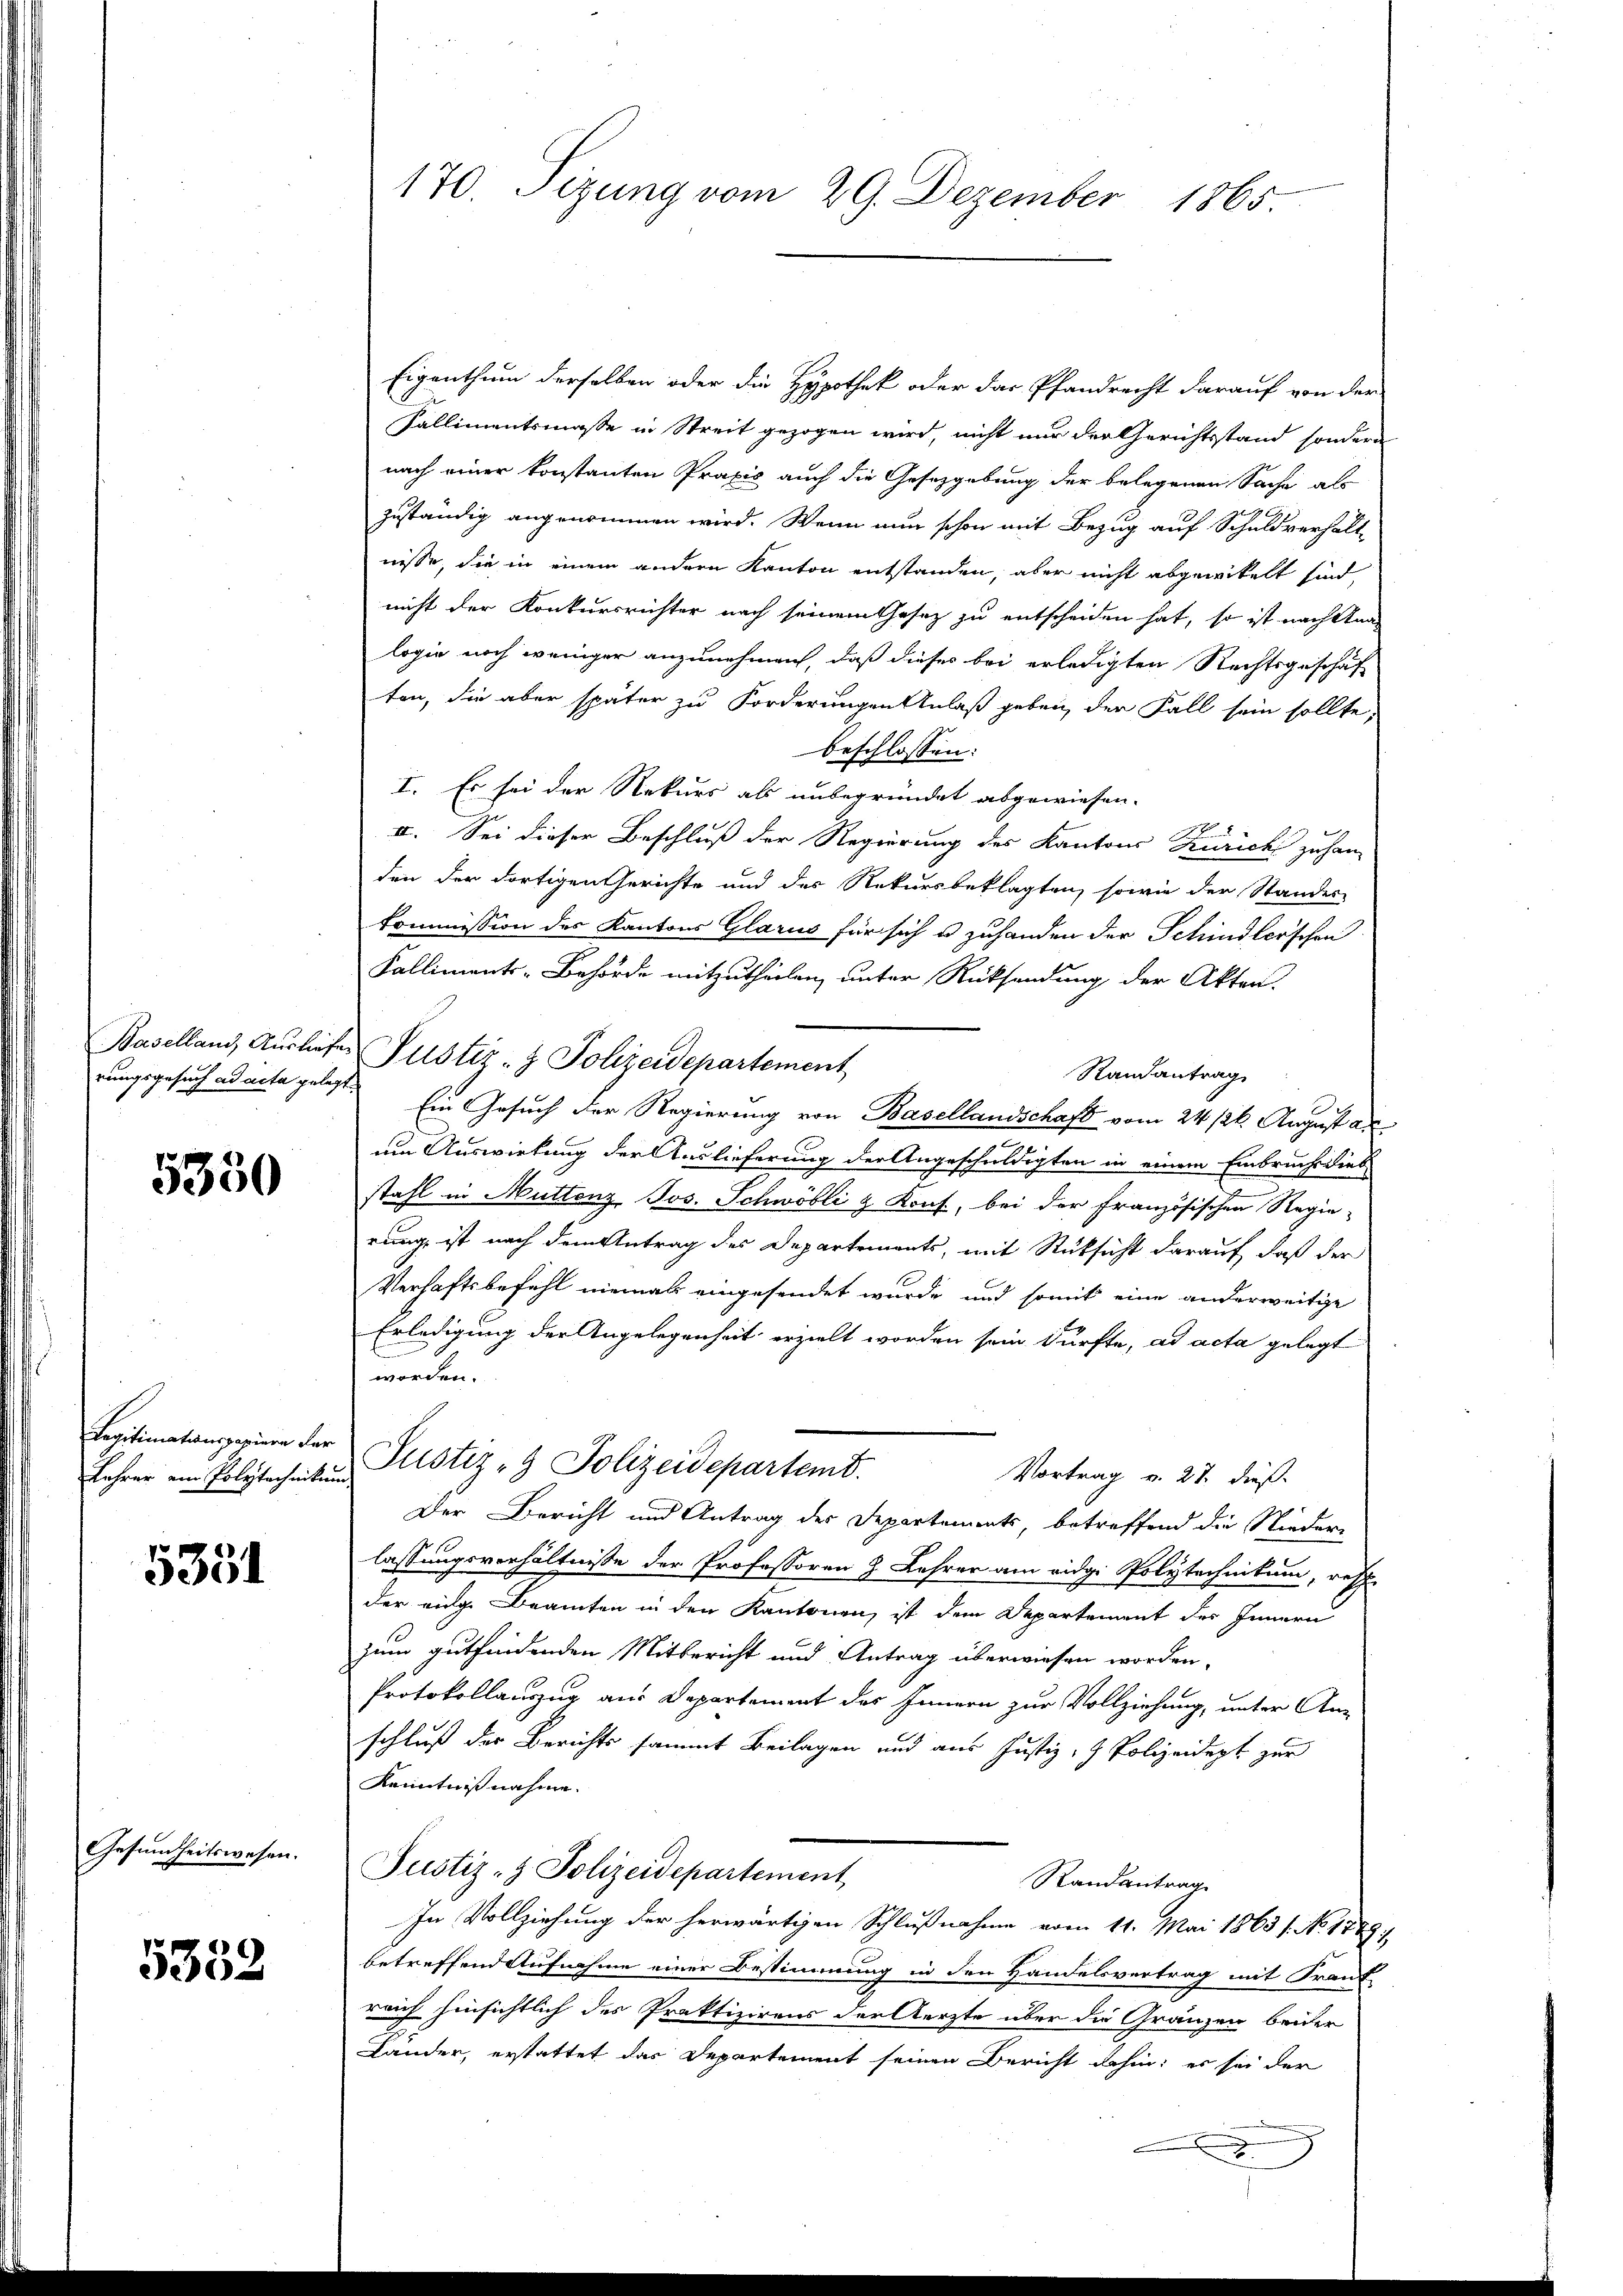
5350

Regitimatanspazieren der

5331

Gesundheitswesen.

5352

Eigenthum derselben oder die Hypothek oder das Pfandrecht darauf von der
Kallimentsmasse in Streit gezogen wird, nicht nur der Gerichtsstand sondern
nach einer konstanten Praxis auch die Gesetzgebung der belegenen Sache als
zuständig angenommen wird. Wenn nun schon mit Bezug auf Schuldverhält-
nisse, die in einem andern Kanton entstanden, aber nicht abgewickelt sind,
nicht der Konkursrichter nach seinem Thesez zu entscheiden hat, so ist nach Analogie noch weniger anzunehmen, daß dieses bei erledigten Rechtsgeschäft
ten, die aber später zu Forderungen Anlaß geben, der Fall sein sollte,
beschlossen:
I. Es sei der Rekurs als unbegründet abgewiesen.
II. Sei dieser Beschluß der Regierung des Kantons Zürich zu han-
den der dortigen Gerichte und der Rekursbeklagten, sowie der Standes-
Commission des Kantons Glarus für sich u zuhanden der Schindler’schen
Kalliments-Behörde mitzutheilen, unter Rücksendung der Akten.
Baselland Ausliefer Justiz- & Polizeidepartement
Randantrag
E
rungsgesuch ad acta gelegt. Ein Gesuch der Regierung von Basellandschaft vom 24. 124. August au
um Auswirkung der Auslieferung der Angeschuldigten in einem Einbruchs dies
stahl in Muttenz Jos. Schwöbli & Kons., bei der französischen Regie-
rung, ist nach dem Antrag des Departements, mit Rücksicht darauf, daß der
Verhaftsbefehl niemals eingesendet wurde und somit eine anderweitige
Erledigung der Angelegenheit erzielt worden sein dürfte, ad acta gelegt
worden.
Lehrer ein Polytechniken Pustiz- & Polizeidepartemt.
Vortrag v. 27. dieß
Der Bericht und Antrag des Departements, betreffend die Nieder-
lassungsverhältnisse der Professoren J. Lehrer am eidg. Polytechnikum, resp.
der eige Beamten in den Kantonen, ist dem Departement des Innern
zum gutfindenden Mitbericht und Antrag überwiesen worden.
Protokollauszug aus Departement des Innern zur Vollziehung, unter Anschluß der Berichts sammt Beilagen und aus Justiz- & Polizeidept zur
Kenntniß nahme.
Justiz- & Polizeidepartement
Randantrag
In Vollziehung der herwärtigen Schlußnahme vom 11. Mai 1863 1. No. 1789.
betreffend Aufnahme einer Bestimmung in den Handelsvertrag mit Frant
reich hinsichtlich des Praktizirens der Aerzte über die Gränzen beider
Lander, erstattet das Departement seinen Bericht dahin: es sei der
2

170. Sizung vom 29. Dezember 1865.